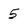
Character: 5